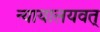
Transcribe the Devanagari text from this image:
न्यायालयवत्